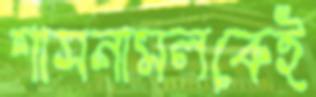
শাসনামলকেই